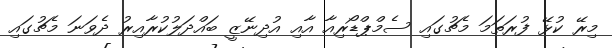
މިރޭ ކުޅޭ ފުރަތަމަ މެޗުގައި ސެމްޕްޑޯރިއާ އާއި އުދިނޭޒީ ބައްދަލުކުރާއިރު ދެވަނަ މެޗުގައި